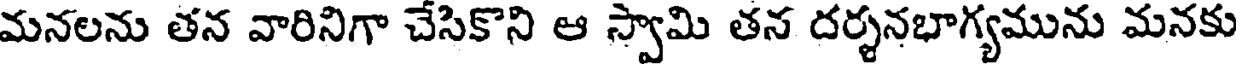
మనలను తన వారినిగా చేసికొని ఆ స్వామి తన దర్శనభాగ్యమును మనకు